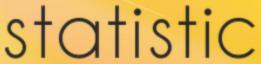
statistic